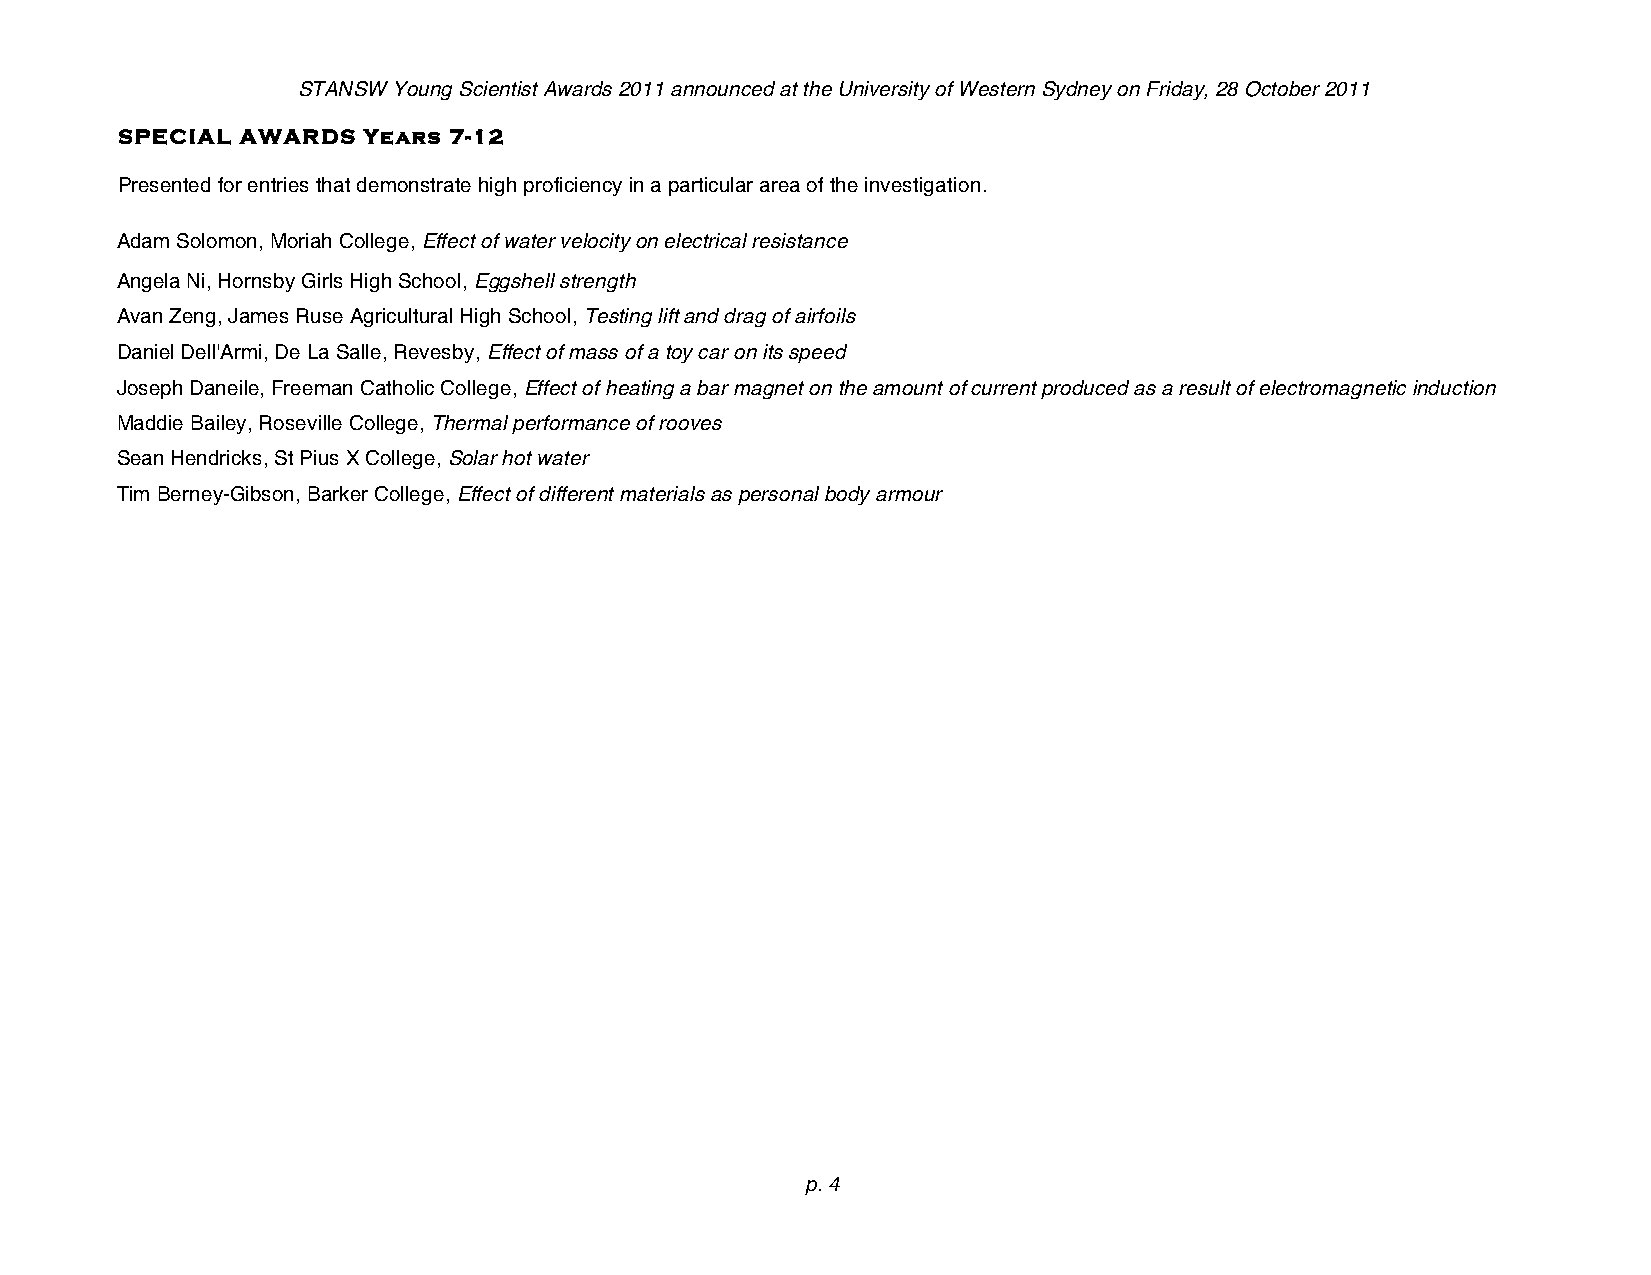
STANSW Young Scientist Awards 2011 announced at the University of Western Sydney on Friday, 28 October 2011
 SPECIAL AWARDS  Years 7-12
 Presented for entries that demonstrate high proficiency in a particular area of the investigation.
 Adam Solomon, Moriah College, Effect of water velocity on electrical resistance
 Angela Ni, Hornsby Girls High School, Eggshell strength
 Avan Zeng, James Ruse Agricultural High School, Testing lift and drag of airfoils
 Daniel Dell'Armi, De La Salle, Revesby, Effect of mass of a toy car on its speed
 Joseph Daneile, Freeman Catholic College, Effect of heating a bar magnet on the amount of current produced as a result of electromagnetic induction
 Maddie Bailey, Roseville College, Thermal performance of rooves
 Sean Hendricks, St Pius X College, Solar hot water
 Tim Berney-Gibson, Barker College, Effect of different materials as personal body armour
 p. 4